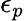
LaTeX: \epsilon_{p}